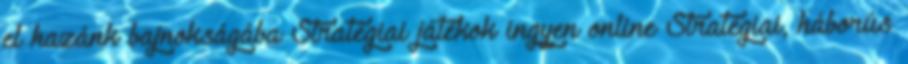
el hazánk bajnokságába Stratégiai játékok ingyen online Stratégiai, háborús